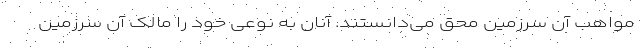
مواهب آن سرزمین محق می‌دانستند. آنان به نوعی خود را مالک آن سرزمین